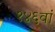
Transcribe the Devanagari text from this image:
१४६वां